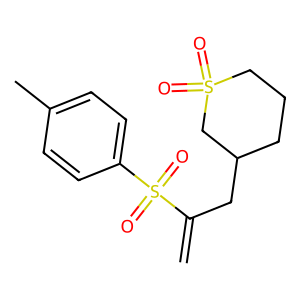
SMILES: C=C(CC1CCCS(=O)(=O)C1)S(=O)(=O)c1ccc(C)cc1
Inhibits HIV replication: No